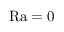
\mathrm { R a } = 0